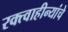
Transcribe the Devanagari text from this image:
रक्त्वाहीन्यांचे